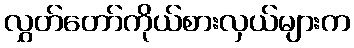
လွှတ်တော်ကိုယ်စားလှယ်များက